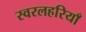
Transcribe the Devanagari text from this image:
स्वरलहरियाँ